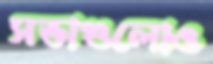
সভাগুলোও